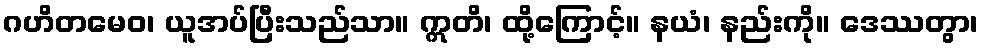
ဂဟိတမေဝ၊ ယူအပ်ပြီးသည်သာ။ ဣတိ၊ ထို့ကြောင့်။ နယံ၊ နည်းကို။ ဒေဿတွာ၊